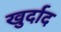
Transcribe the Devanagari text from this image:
खुर्दाद